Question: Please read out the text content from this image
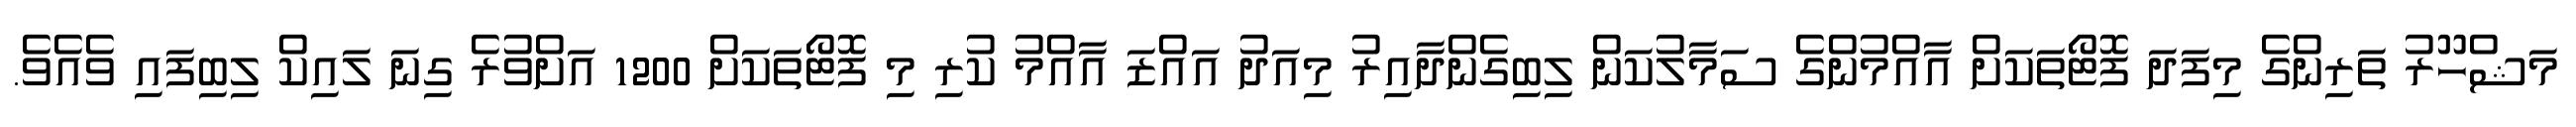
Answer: މަޝްހޫރު ތަރިންގެ މިފަދަ ފޮޓޯތަކަށް އާއްމުންގެ ސަމާލުކަން ލިބިގެންދާއިރު މިއަދު އައްޒަ އާއްމު ކުރި މި ފޮޓޯތަކަށް 1200 އަށްވުރެ ގިނަ ލައިކް ލިބިފައި ވެއެވެ.